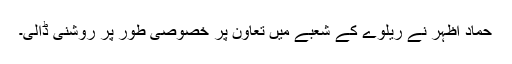
حماد اظہر نے ریلوے کے شعبے میں تعاون پر خصوصی طور پر روشنی ڈالی۔